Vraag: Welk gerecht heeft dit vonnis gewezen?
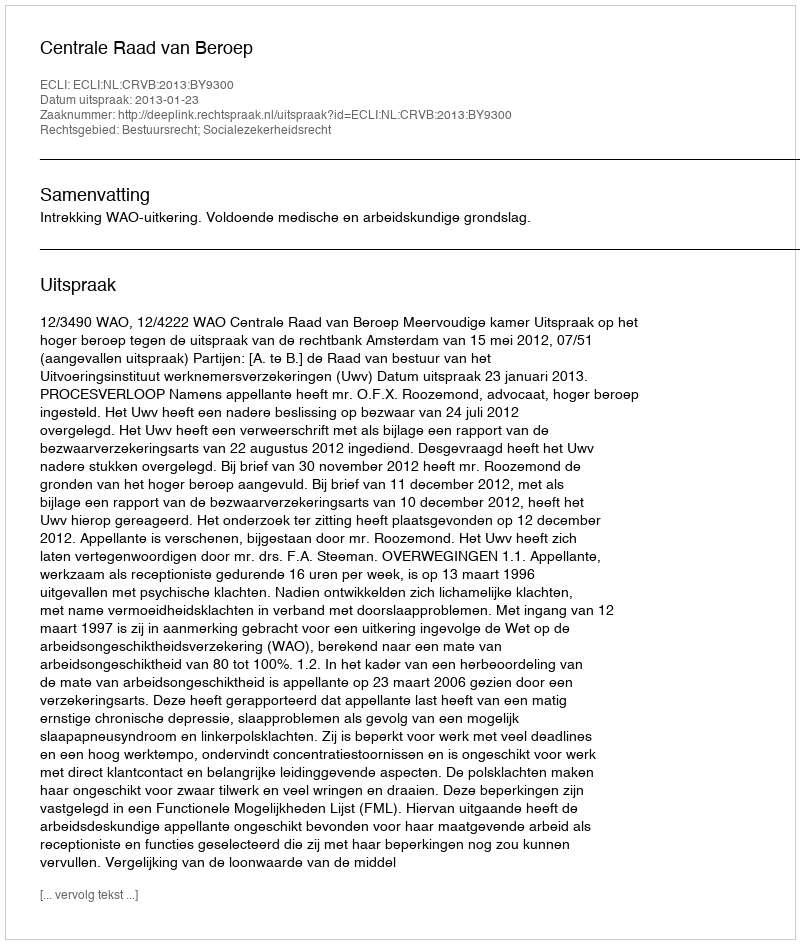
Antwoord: Centrale Raad van Beroep